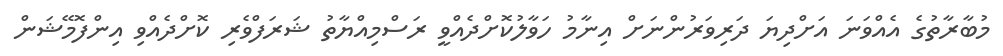
މުބާރާތުގެ އެއްވަނަ އަށްދިޔަ ދަރިވަރުންނަށް އިނާމު ހަވާލުކޮށްދެއްވީ ރަސްމިއްޔާތު ޝަރަފްވެރި ކޮށްދެއްވި އިންފޮމޭޝަން